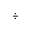
\div